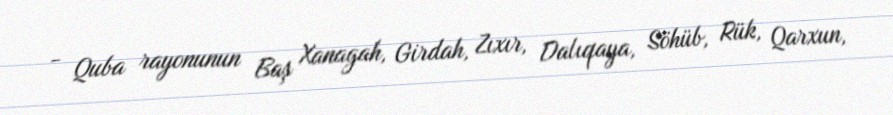
- Quba rayonunun Baş Xanagah, Girdah, Zıxır, Dalıqaya, Söhüb, Rük, Qarxun,